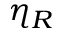
\eta _ { R }